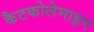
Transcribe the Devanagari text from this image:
कैटकोलेमाइन